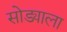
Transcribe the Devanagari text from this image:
सोड्याला